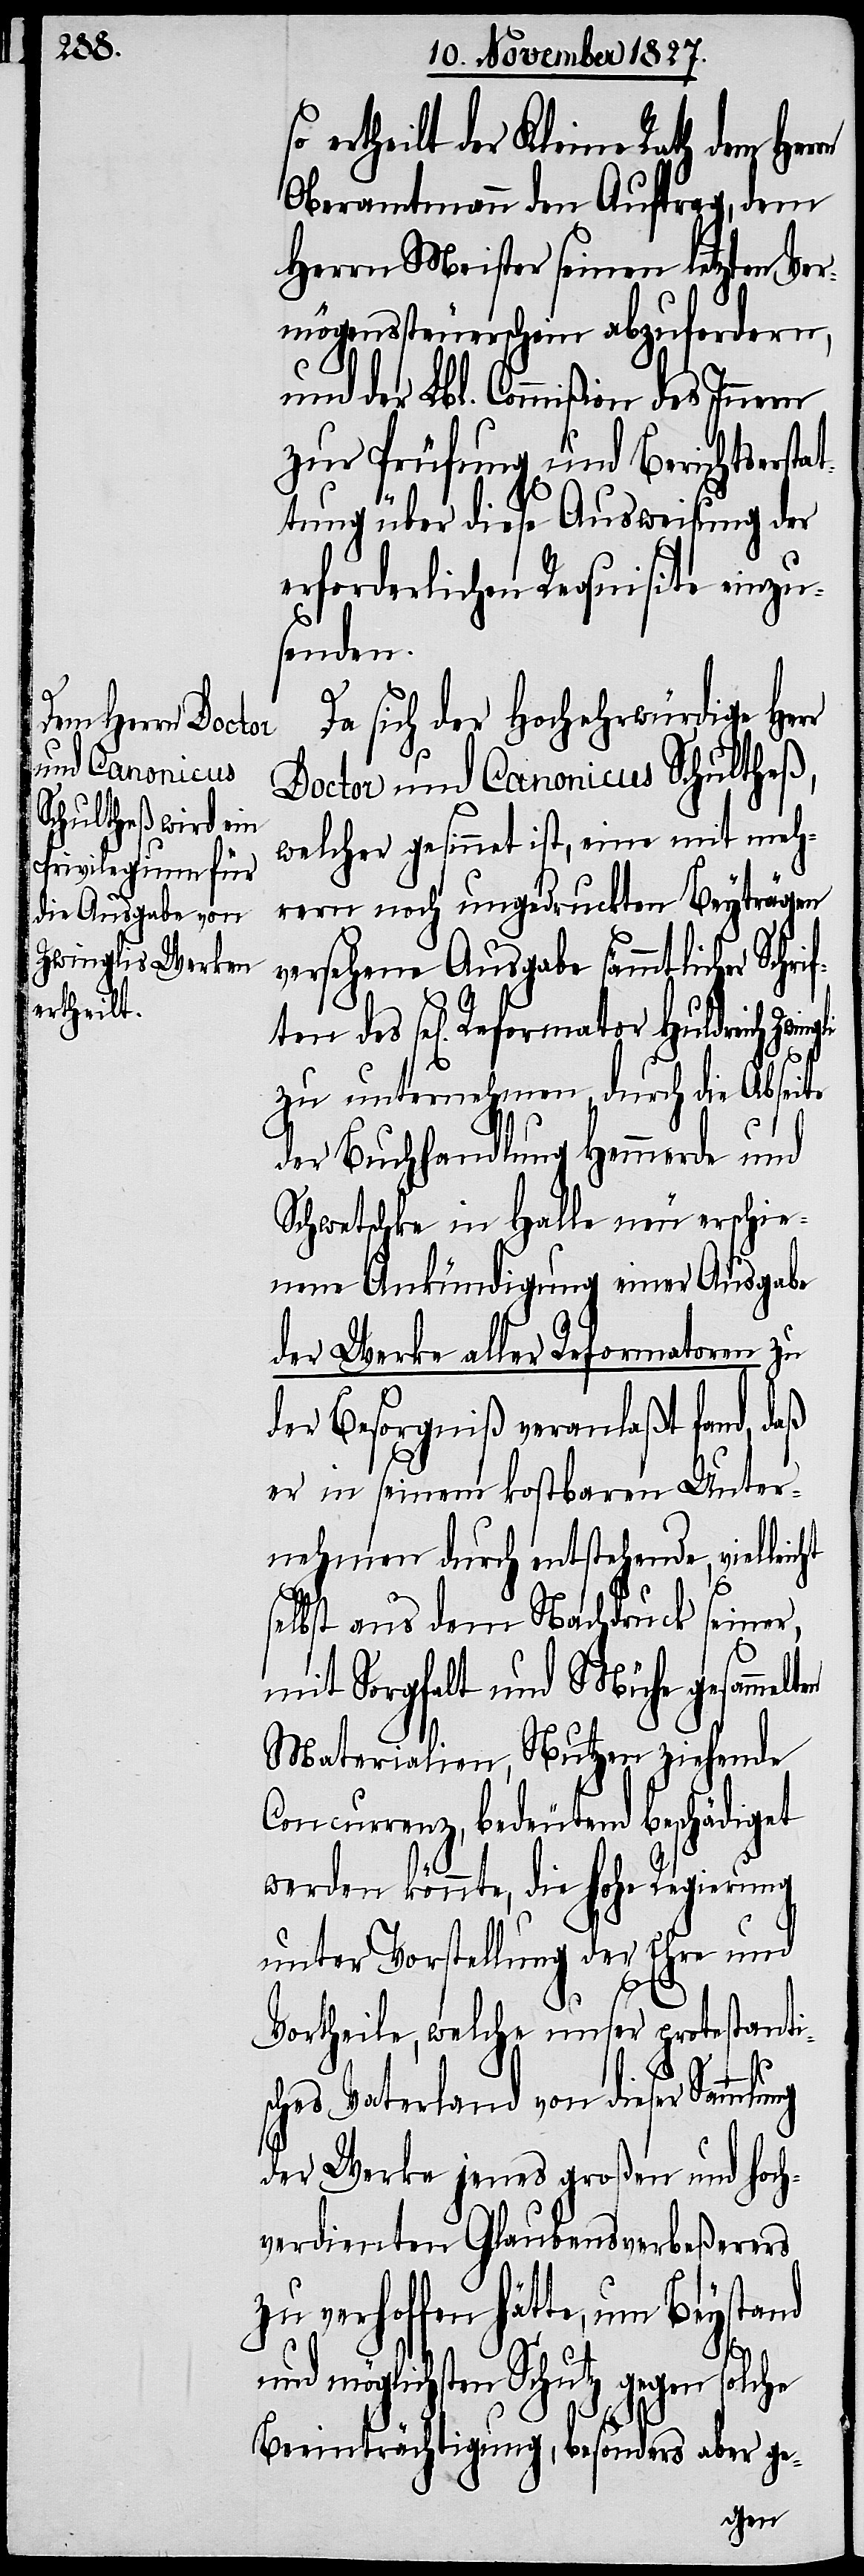
ertheilt der Kleine Rath dem Her¬
Oberamtmann den Auftrag, dem
Herrn Meister seinen letzten Ver¬
mögenssteuerschein abzufordern,
und der Lbl. Commißion des Innern
zur Prüfung und Berichtsersta¬
ttung über diese Ausweitung der
erforderlichen Requisite einzu¬
senden.
Da sich der Hochehrwürdige Her¬
Doctor und Canonicus Schultheß,
welcher gesinnet ist, eine mit meh¬
rern noch ungedruckten Beyträgen
versehene Ausgabe sämmtlicher Schri¬
zu unternehmen, durch die Abseite
der Buchhandlung Hemmerde und
Schwetschke in Halle neu erschie¬
nene Ankündigung einer Ausgabe
der Werke aller Reformatoren zu
der Besorgniß veranlaßt fand, daß
er in seinem kostbaren Unter¬
nehmen durch entstehende, vielle¬
elbst aus dem Nachdruck seiner,
mit Sorgfalt und Mühe gesamme¬
Materialien, Nutzen ziehende
Concurrenz, bedeutend beschädiget
werden könnte, die hohe Regierung
unter Vorstellung der Ehre und
Vortheile, welche unser protestanti¬
lter
sches Vaterland von dieser Sammlung
der Werke jenes großen und hoch¬
verdienten Glaubensverbeßerers
zu verhoffen hätte, um Beystand
und möglichsten Schutz gegen solche
Beeinträchtigung, besonders aber ge-
ften